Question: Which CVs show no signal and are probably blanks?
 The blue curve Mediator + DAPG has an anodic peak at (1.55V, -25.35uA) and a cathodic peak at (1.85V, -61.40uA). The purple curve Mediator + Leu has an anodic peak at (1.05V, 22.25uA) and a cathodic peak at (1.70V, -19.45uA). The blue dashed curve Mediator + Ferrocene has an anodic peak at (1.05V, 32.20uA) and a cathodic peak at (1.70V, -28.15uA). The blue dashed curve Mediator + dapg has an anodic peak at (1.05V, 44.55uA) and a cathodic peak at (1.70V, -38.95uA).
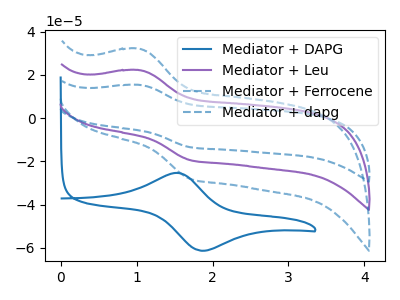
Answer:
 <answer>There are not any CV's on this graph that are likely to be blanks.</answer>
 <eval>none</eval>